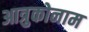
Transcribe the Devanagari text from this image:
आत्रुकोनाम